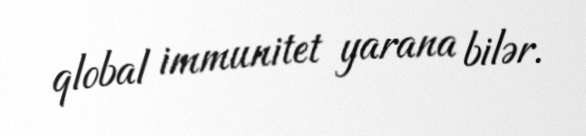
qlobal immunitet yarana bilər.